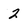
Character: 2